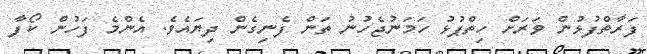
ފަރާތްފުޅުން ވަރަށް ހިތްޕުޅު ހަމަނުޖެހުނު ތަން ފެނިގެން ދިޔައެވެ. އެންމެ ފަހުން ކޯފާ